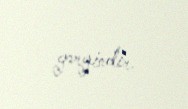
gərgindir.